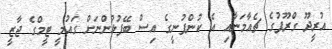
އުރީދޫ ގްރޫޕުގެ ޗެއާމަނާއި އެ ކުންފުނީގެ އިސް ބޭފުޅުންނަށް ގައުމީ ޓީމްގެ ޖާޒީ